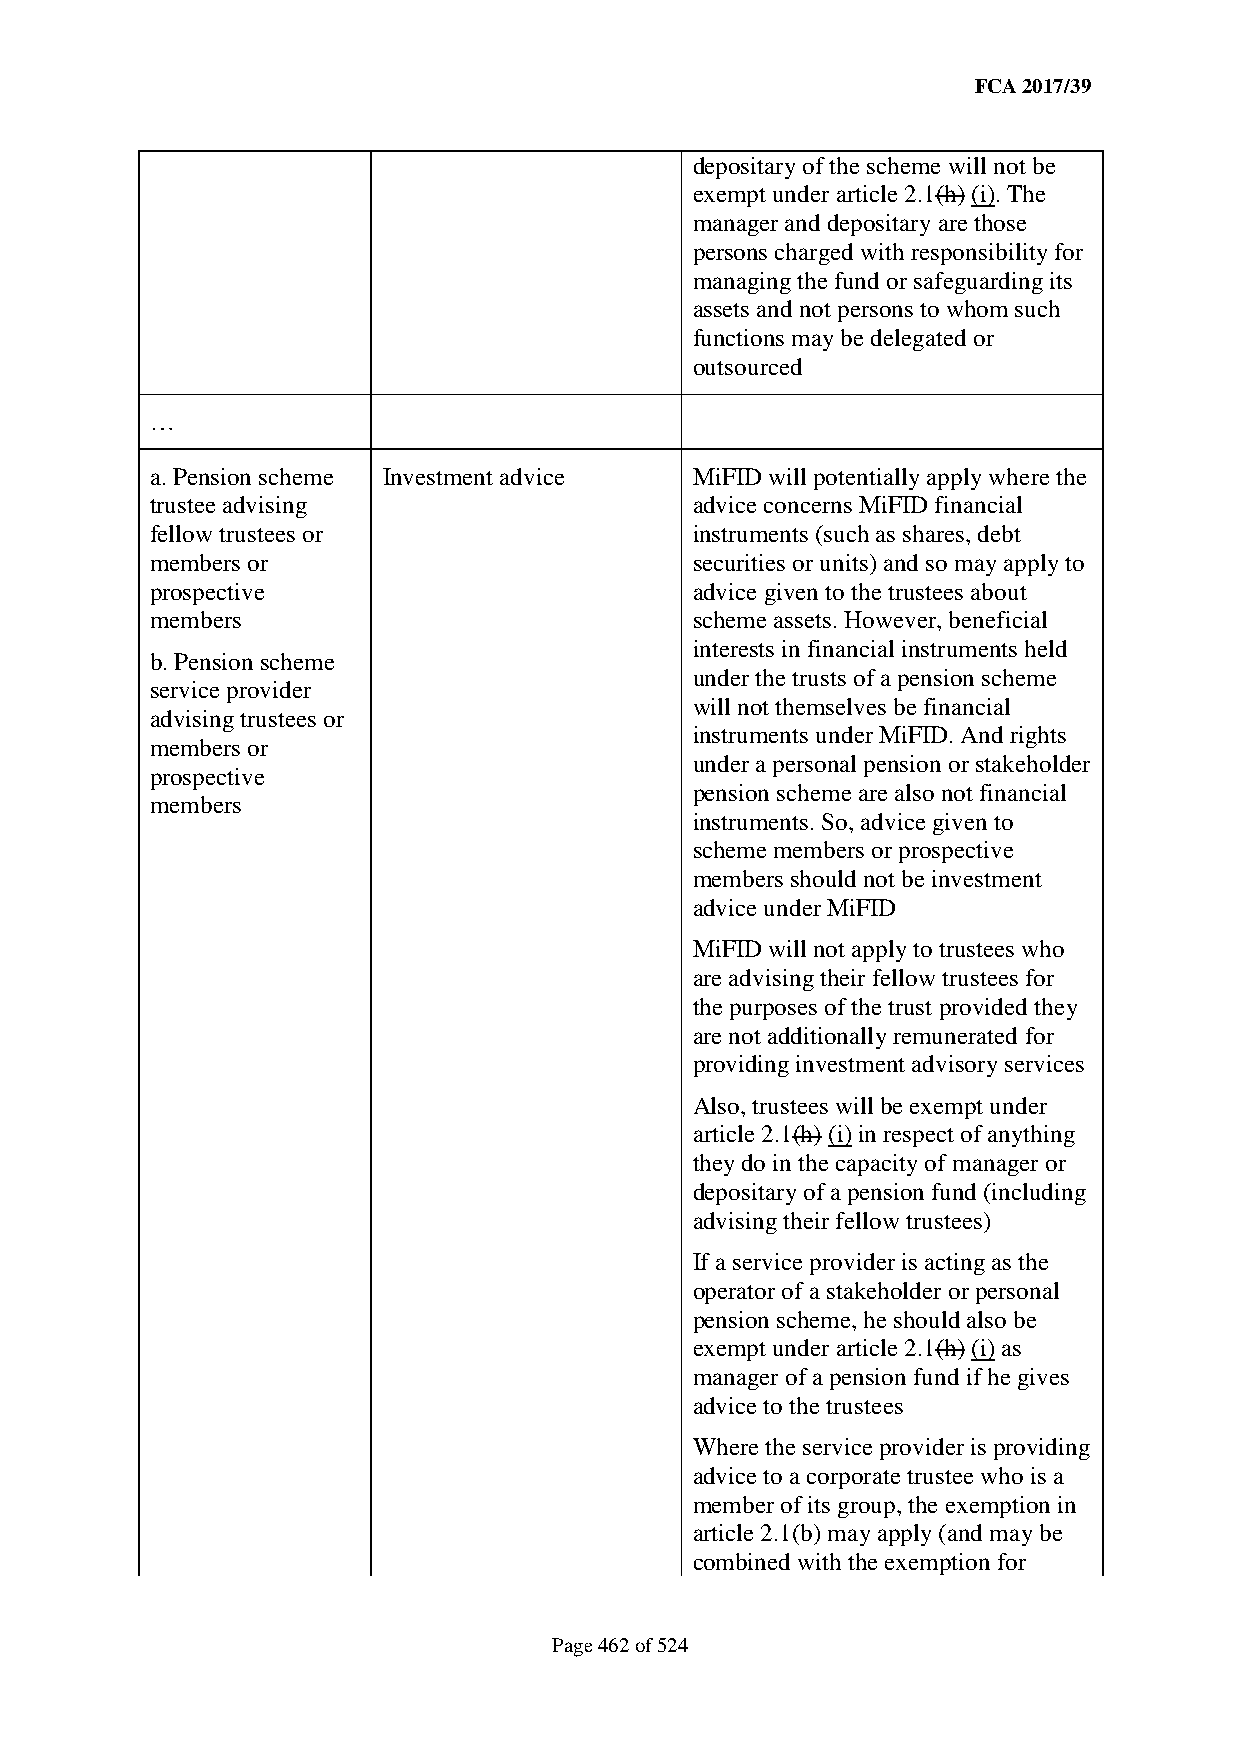
FCA 2017/39
 depositary of the scheme will not be
 exempt under article 2.1(h) (i). The
 manager and depositary are those
 persons charged with responsibility for
 managing the fund or safeguarding its
 assets and not persons to whom such
 functions may be delegated or
 outsourced
 …
 a. Pension scheme Investment advice MiFID will potentially apply where the
 trustee advising                    advice concerns MiFID financial
 fellow trustees or                  instruments (such as shares, debt
 members or                          securities or units) and so may apply to
 prospective                         advice given to the trustees about
 members                             scheme assets. However, beneficial
 interests in financial instruments held
 b. Pension scheme
 under the trusts of a pension scheme
 service provider
 will not themselves be financial
 advising trustees or
 instruments under MiFID. And rights
 members or
 under a personal pension or stakeholder
 prospective
 pension scheme are also not financial
 members
 instruments. So, advice given to
 scheme members or prospective
 members should not be investment
 advice under MiFID
 MiFID will not apply to trustees who
 are advising their fellow trustees for
 the purposes of the trust provided they
 are not additionally remunerated for
 providing investment advisory services
 Also, trustees will be exempt under
 article 2.1(h) (i) in respect of anything
 they do in the capacity of manager or
 depositary of a pension fund (including
 advising their fellow trustees)
 If a service provider is acting as the
 operator of a stakeholder or personal
 pension scheme, he should also be
 exempt under article 2.1(h) (i) as
 manager of a pension fund if he gives
 advice to the trustees
 Where the service provider is providing
 advice to a corporate trustee who is a
 member of its group, the exemption in
 article 2.1(b) may apply (and may be
 combined with the exemption for
 Page 462 of 524